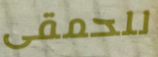
للحمقى